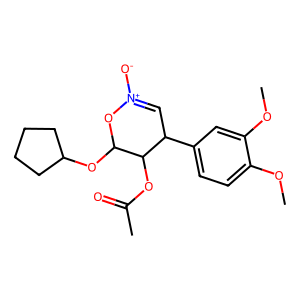
SMILES: COc1ccc(C2C=[N+]([O-])OC(OC3CCCC3)C2OC(C)=O)cc1OC
Inhibits HIV replication: No